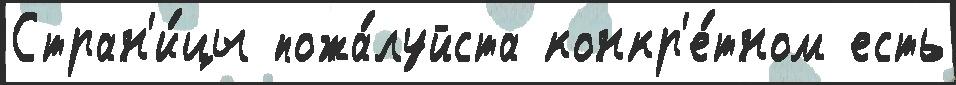
Стран'и́цы пожа́луйста конкр'е́тном есть